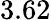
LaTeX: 3.62